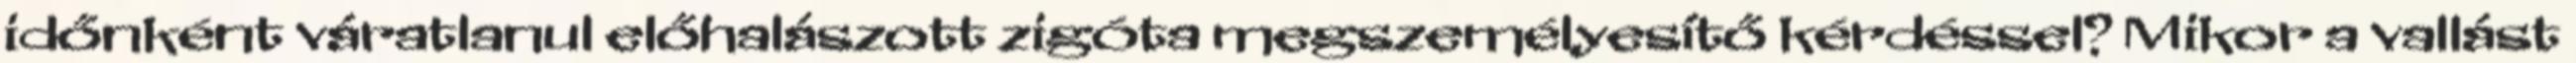
időnként váratlanul előhalászott zigóta megszemélyesítő kérdéssel? Mikor a vallást